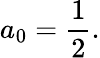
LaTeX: a_{0}={\frac{1}{2}}.